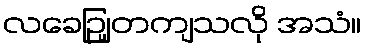
လခေဉျြတကျသလို အသံ။